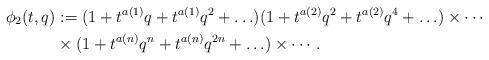
LaTeX: \begin{align*}\phi_2(t,q) &:= (1+t^{a(1)} q+t^{a(1)}q^2+\ldots)(1+t^{a(2)} q^2+t^{a(2)}q^4+\ldots)\times\cdots \\&\times(1+t^{a(n)} q^n+t^{a(n)}q^{2n}+\ldots)\times\cdots.\end{align*}